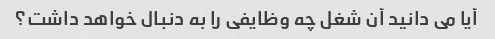
آیا می دانید آن شغل چه وظایفی را به دنبال خواهد داشت؟